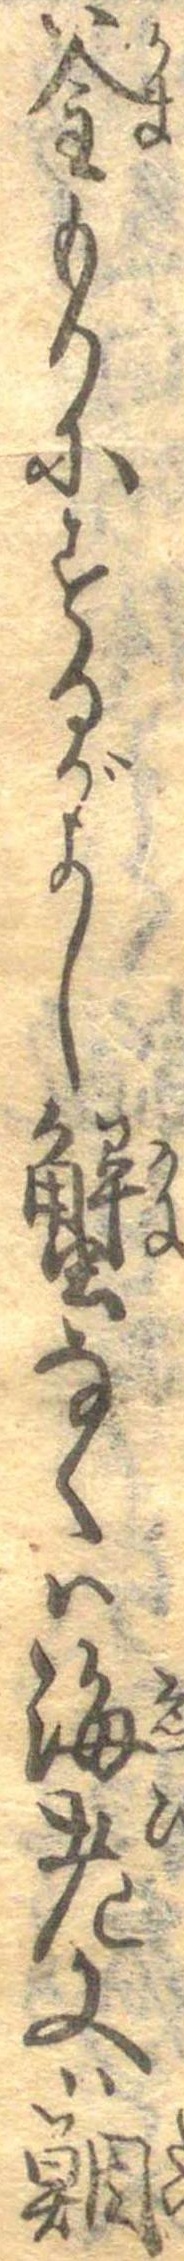
釜もりにするがよし蟹なくは海老又は鯛